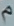
^{\mathfrak{a}}\